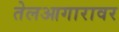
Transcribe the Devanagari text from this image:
तेलआगारावर